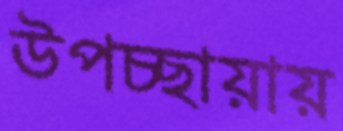
উপচ্ছায়ায়